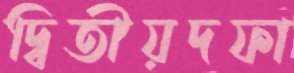
দ্বিতীয়দফা